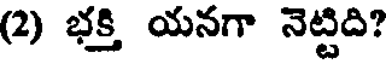
(2) భక్తి యనగా నెట్టిది?